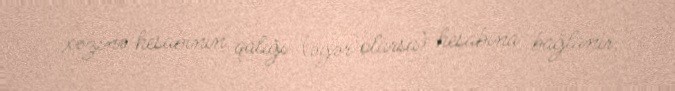
xəzinə hesabının qalığı (əgər olarsa) hesabına bağlanır.